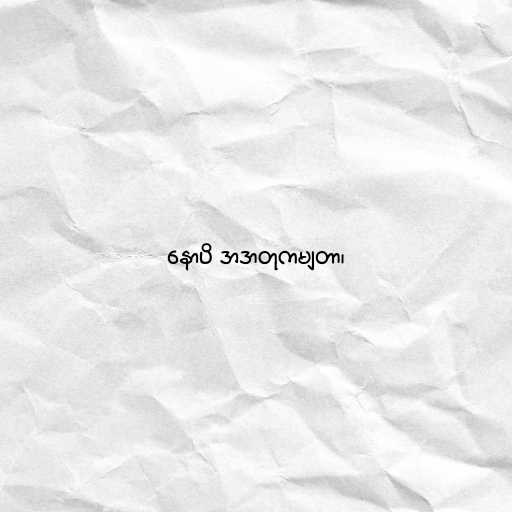
နောပိ အဒာတုကမျတာ၊